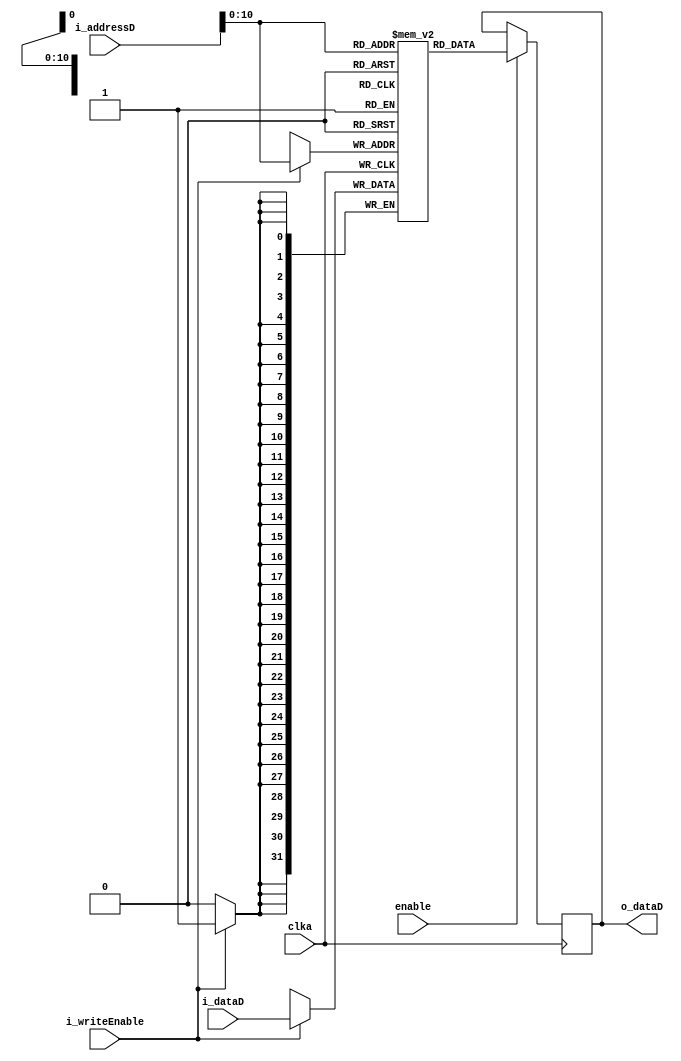
`timescale 1ns / 1ps
//////////////////////////////////////////////////////////////////////////////////
// Company: 
// Engineer: 
// 
// Design Name: 
// Module Name: DATA_RAM
// Project Name: 
// Target Devices: 
// Tool Versions: 
// Description: 
// 
// Dependencies: 
// 
// Revision:
// Revision 0.01 - File Created
// Additional Comments:
// 
//////////////////////////////////////////////////////////////////////////////////



module DATA_RAM #(
  parameter RAM_WIDTH = 32,                       // ancho de palabra
  parameter RAM_DEPTH = 2048,                     // profundidad (nmero de entradas)
  parameter INIT_FILE = ""                        // ruta
) (
  //input [clogb2(RAM_DEPTH-1)-1:0] i_addressD,  
  input [RAM_WIDTH-1:0] i_addressD,  
  input [RAM_WIDTH-1:0] i_dataD,      
  input clka,                         
  input i_writeEnable,                
  input enable, 
  output [RAM_WIDTH-1:0] o_dataD         
);

  reg [RAM_WIDTH-1:0] r_matrixDRAM [RAM_DEPTH-1:0];
  reg [RAM_WIDTH-1:0] r_dataRAM = {RAM_WIDTH{1'b0}};


  // The following code either initializes the memory values to a specified file or to all zeros to match hardware
  generate
    if (INIT_FILE != "") begin: use_init_file
      initial
        $readmemh(INIT_FILE, r_matrixDRAM, 0, RAM_DEPTH-1);
    end else begin: init_bram_to_zero
      integer ram_index;
      //integer valor = 0;//128;
      initial
        for (ram_index = 0; ram_index < RAM_DEPTH; ram_index = ram_index + 1)
          r_matrixDRAM[ram_index] = {RAM_WIDTH{1'b0}}+(ram_index);//+valor;
    end
  endgenerate

  always @(negedge clka)
  begin
    
    
		if (i_writeEnable)
			r_matrixDRAM[i_addressD] <= i_dataD;
		if (enable) //si seal de control memRead = 1
			r_dataRAM <= r_matrixDRAM[i_addressD];
    
  end

assign o_dataD = r_dataRAM;

//  //  The following code generates HIGH_PERFORMANCE (use output register) or LOW_LATENCY (no output register)
//  generate
//    if (RAM_PERFORMANCE == "LOW_LATENCY") begin: no_output_register

//      // The following is a 1 clock cycle read latency at the cost of a longer clock-to-out timing
//       assign o_dataD = r_dataRAM;

//    end else begin: output_register

//      // The following is a 2 clock cycle read latency with improve clock-to-out timing

//      reg [RAM_WIDTH-1:0] douta_reg = {RAM_WIDTH{1'b0}};

//      always @(negedge clka)
//        if (rsta)
//          douta_reg <= {RAM_WIDTH{1'b0}};
//        else if (regcea)
//          douta_reg <= r_dataRAM;

//      assign o_dataD = douta_reg;

//    end
//  endgenerate

  //  The following function calculates the address width based on specified RAM depth
  function integer clogb2; //cuantos bist necesito para direccionar clogb2 (1024 para datos) posiciones
    input integer depth;
      for (clogb2=0; depth>0; clogb2=clogb2+1)
        depth = depth >> 1;
  endfunction

endmodule